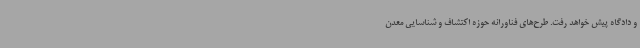
و دادگاه پیش خواهد رفت. طرح‌های فناورانه حوزه اکتشاف و شناسایی معدن